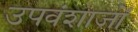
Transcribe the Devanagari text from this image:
उपवंशाजों